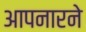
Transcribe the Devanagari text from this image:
आपनारने